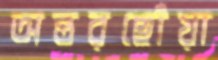
অন্তরছোঁয়া